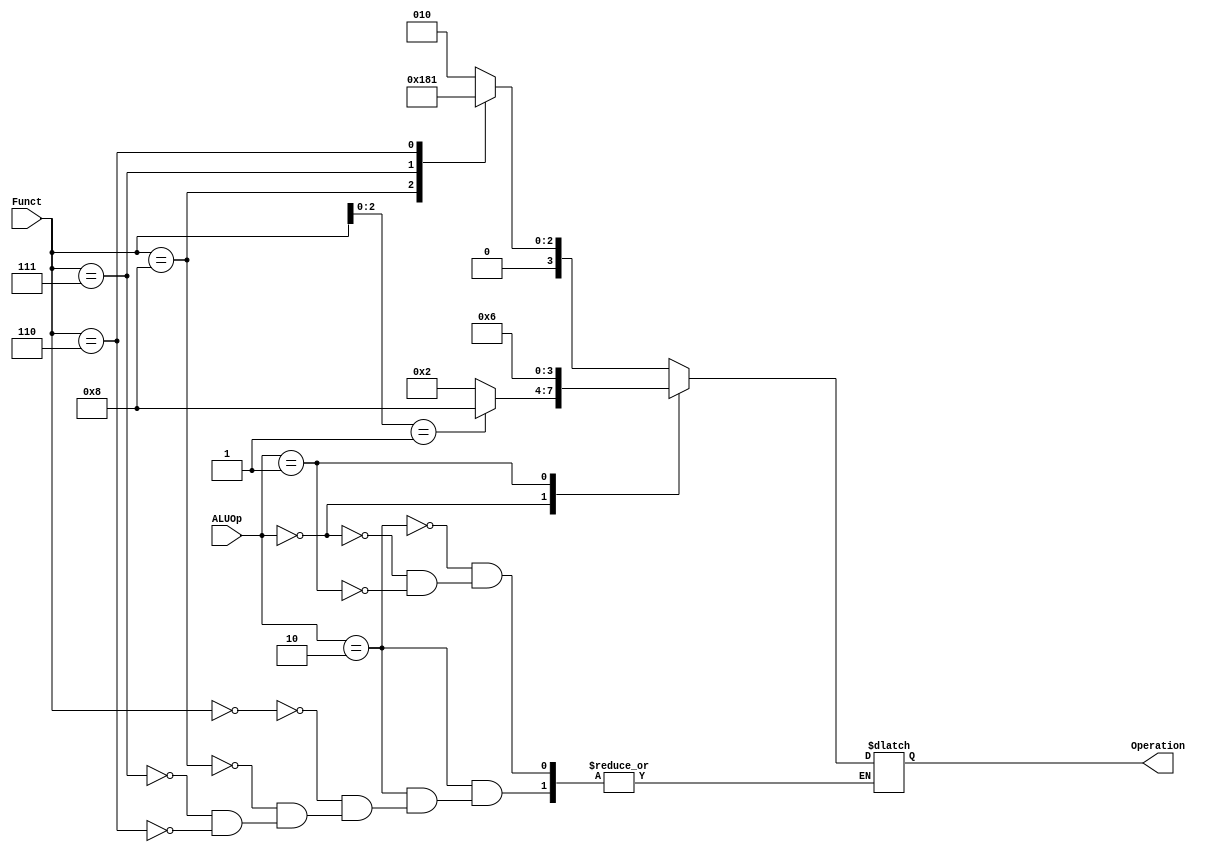
//`timescale 1ns / 1ps


//module ALU_Control
//(
//input [1:0] ALUOp,
//input [3:0] Funct,
//output reg [3:0] Operation
//);
//always @ (ALUOp or Funct)
//begin
//case(ALUOp)
//2'b00: Operation = 4'b0010;
//2'b01: Operation = 4'b0110;
//2'b10:
//begin
//case(Funct)
//4'b0000: Operation = 4'b0010;
//4'b1000: Operation = 4'b0110;
//4'b0111: Operation = 4'b0000;
//4'b0110: Operation = 4'b0001;
//endcase
//end
//endcase
//end
//endmodule





//`timescale 1ns / 1ps
////////////////////////////////////////////////////////////////////////////////////
//// Company: 
//// Engineer: 
//// 
//// Design Name: 
//// Module Name: ALU_Control
//// Project Name: 
//// Target Devices: 
//// Tool Versions: 
//// Description: 
//// 
//// Dependencies: 
//// 
//// Revision:
//// Revision 0.01 - File Created
//// Additional Comments:
//// 
////////////////////////////////////////////////////////////////////////////////////


module ALU_Control
(
    input [1:0] ALUOp,
    input [3:0] Funct,
    output reg [3:0] Operation
);

    always @(*)
        begin
            case(ALUOp)
                2'b10: begin // R type
                    case(Funct)
                        4'b0000: Operation = 4'b0010; //add
                        4'b1000: Operation = 4'b0110; //sub
                        4'b0111: Operation = 4'b0000; //and
                        4'b0110: Operation = 4'b0001; //or
                     
                    endcase
                end
                2'b00: begin 
               
                    Operation = 4'b0010; // Ld/ Sd type
                    case(Funct[2:0])
                    
				        4'b001: Operation = 4'b1000; // SLLI
				        default: Operation = 4'b0010; // I - Type (ld, sd) 
				    endcase
				 end
				
                2'b01: Operation = 4'b0110; //beq
            endcase
        end
endmodule